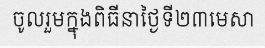
ចូលរួមក្នុងពិធីនាថ្ងៃទី២៣មេសា